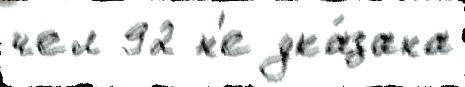
чел 92 н'е ука́зана